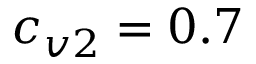
c _ { v 2 } = 0 . 7